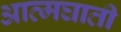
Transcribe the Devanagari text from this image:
अात्मघाती